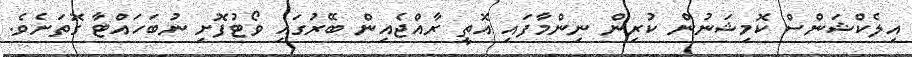
އިލެކްޝަންސް ކޮމިޝަނުން ކުރިން ނިންމާފައި އޮތީ ރާއްޖެއިން ބޭރުގައި ވޯޓުފޮށި ނުބަހައްޓާ ގޮތަށެވެ.